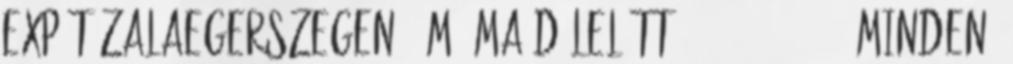
Expót Zalaegerszegen - M1 Ma délelőtt 2018-03-04 10:25 Minden,